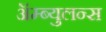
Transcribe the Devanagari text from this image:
ॲम्ब्युलन्स